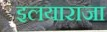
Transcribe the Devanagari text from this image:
इलयाराजा